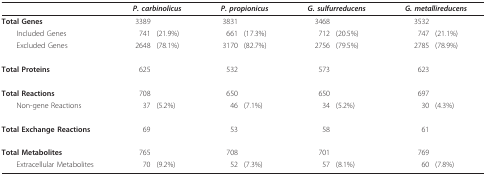
<table><thead><tr><td>[EMPTY_CELL]</td><td colspan="2"><b><i>P. carbinolicus</i></b></td><td colspan="2"><b><i>P. propionicus</i></b></td><td colspan="2"><b><i>G. sulfurreducens</i></b></td><td colspan="2"><b><i>G. metallireducens</i></b></td></tr></thead><tbody><tr><td><b>Total Genes</b></td><td>3389</td><td>[EMPTY_CELL]</td><td>3831</td><td>[EMPTY_CELL]</td><td>3468</td><td>[EMPTY_CELL]</td><td>3532</td><td>[EMPTY_CELL]</td></tr><tr><td> Included Genes</td><td>741</td><td>(21.9%)</td><td>661</td><td>(17.3%)</td><td>712</td><td>(20.5%)</td><td>747</td><td>(21.1%)</td></tr><tr><td> Excluded Genes</td><td>2648</td><td>(78.1%)</td><td>3170</td><td>(82.7%)</td><td>2756</td><td>(79.5%)</td><td>2785</td><td>(78.9%)</td></tr><tr><td><b>Total Proteins</b></td><td>625</td><td>[EMPTY_CELL]</td><td>532</td><td>[EMPTY_CELL]</td><td>573</td><td>[EMPTY_CELL]</td><td>623</td><td>[EMPTY_CELL]</td></tr><tr><td><b>Total Reactions</b></td><td>708</td><td>[EMPTY_CELL]</td><td>650</td><td>[EMPTY_CELL]</td><td>650</td><td>[EMPTY_CELL]</td><td>697</td><td>[EMPTY_CELL]</td></tr><tr><td> Non-gene Reactions</td><td>37</td><td>(5.2%)</td><td>46</td><td>(7.1%)</td><td>34</td><td>(5.2%)</td><td>30</td><td>(4.3%)</td></tr><tr><td><b>Total Exchange Reactions</b></td><td>69</td><td>[EMPTY_CELL]</td><td>53</td><td>[EMPTY_CELL]</td><td>58</td><td>[EMPTY_CELL]</td><td>61</td><td>[EMPTY_CELL]</td></tr><tr><td><b>Total Metabolites</b></td><td>765</td><td>[EMPTY_CELL]</td><td>708</td><td>[EMPTY_CELL]</td><td>701</td><td>[EMPTY_CELL]</td><td>769</td><td>[EMPTY_CELL]</td></tr><tr><td> Extracellular Metabolites</td><td>70</td><td>(9.2%)</td><td>52</td><td>(7.3%)</td><td>57</td><td>(8.1%)</td><td>60</td><td>(7.8%)</td></tr></tbody></table>